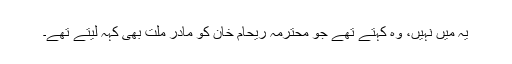
یہ میں نہیں، وہ کہتے تھے جو محترمہ ریحام خان کو مادر ملت بھی کہہ لیتے تھے۔